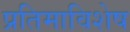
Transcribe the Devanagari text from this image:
प्रतिमाविशेष